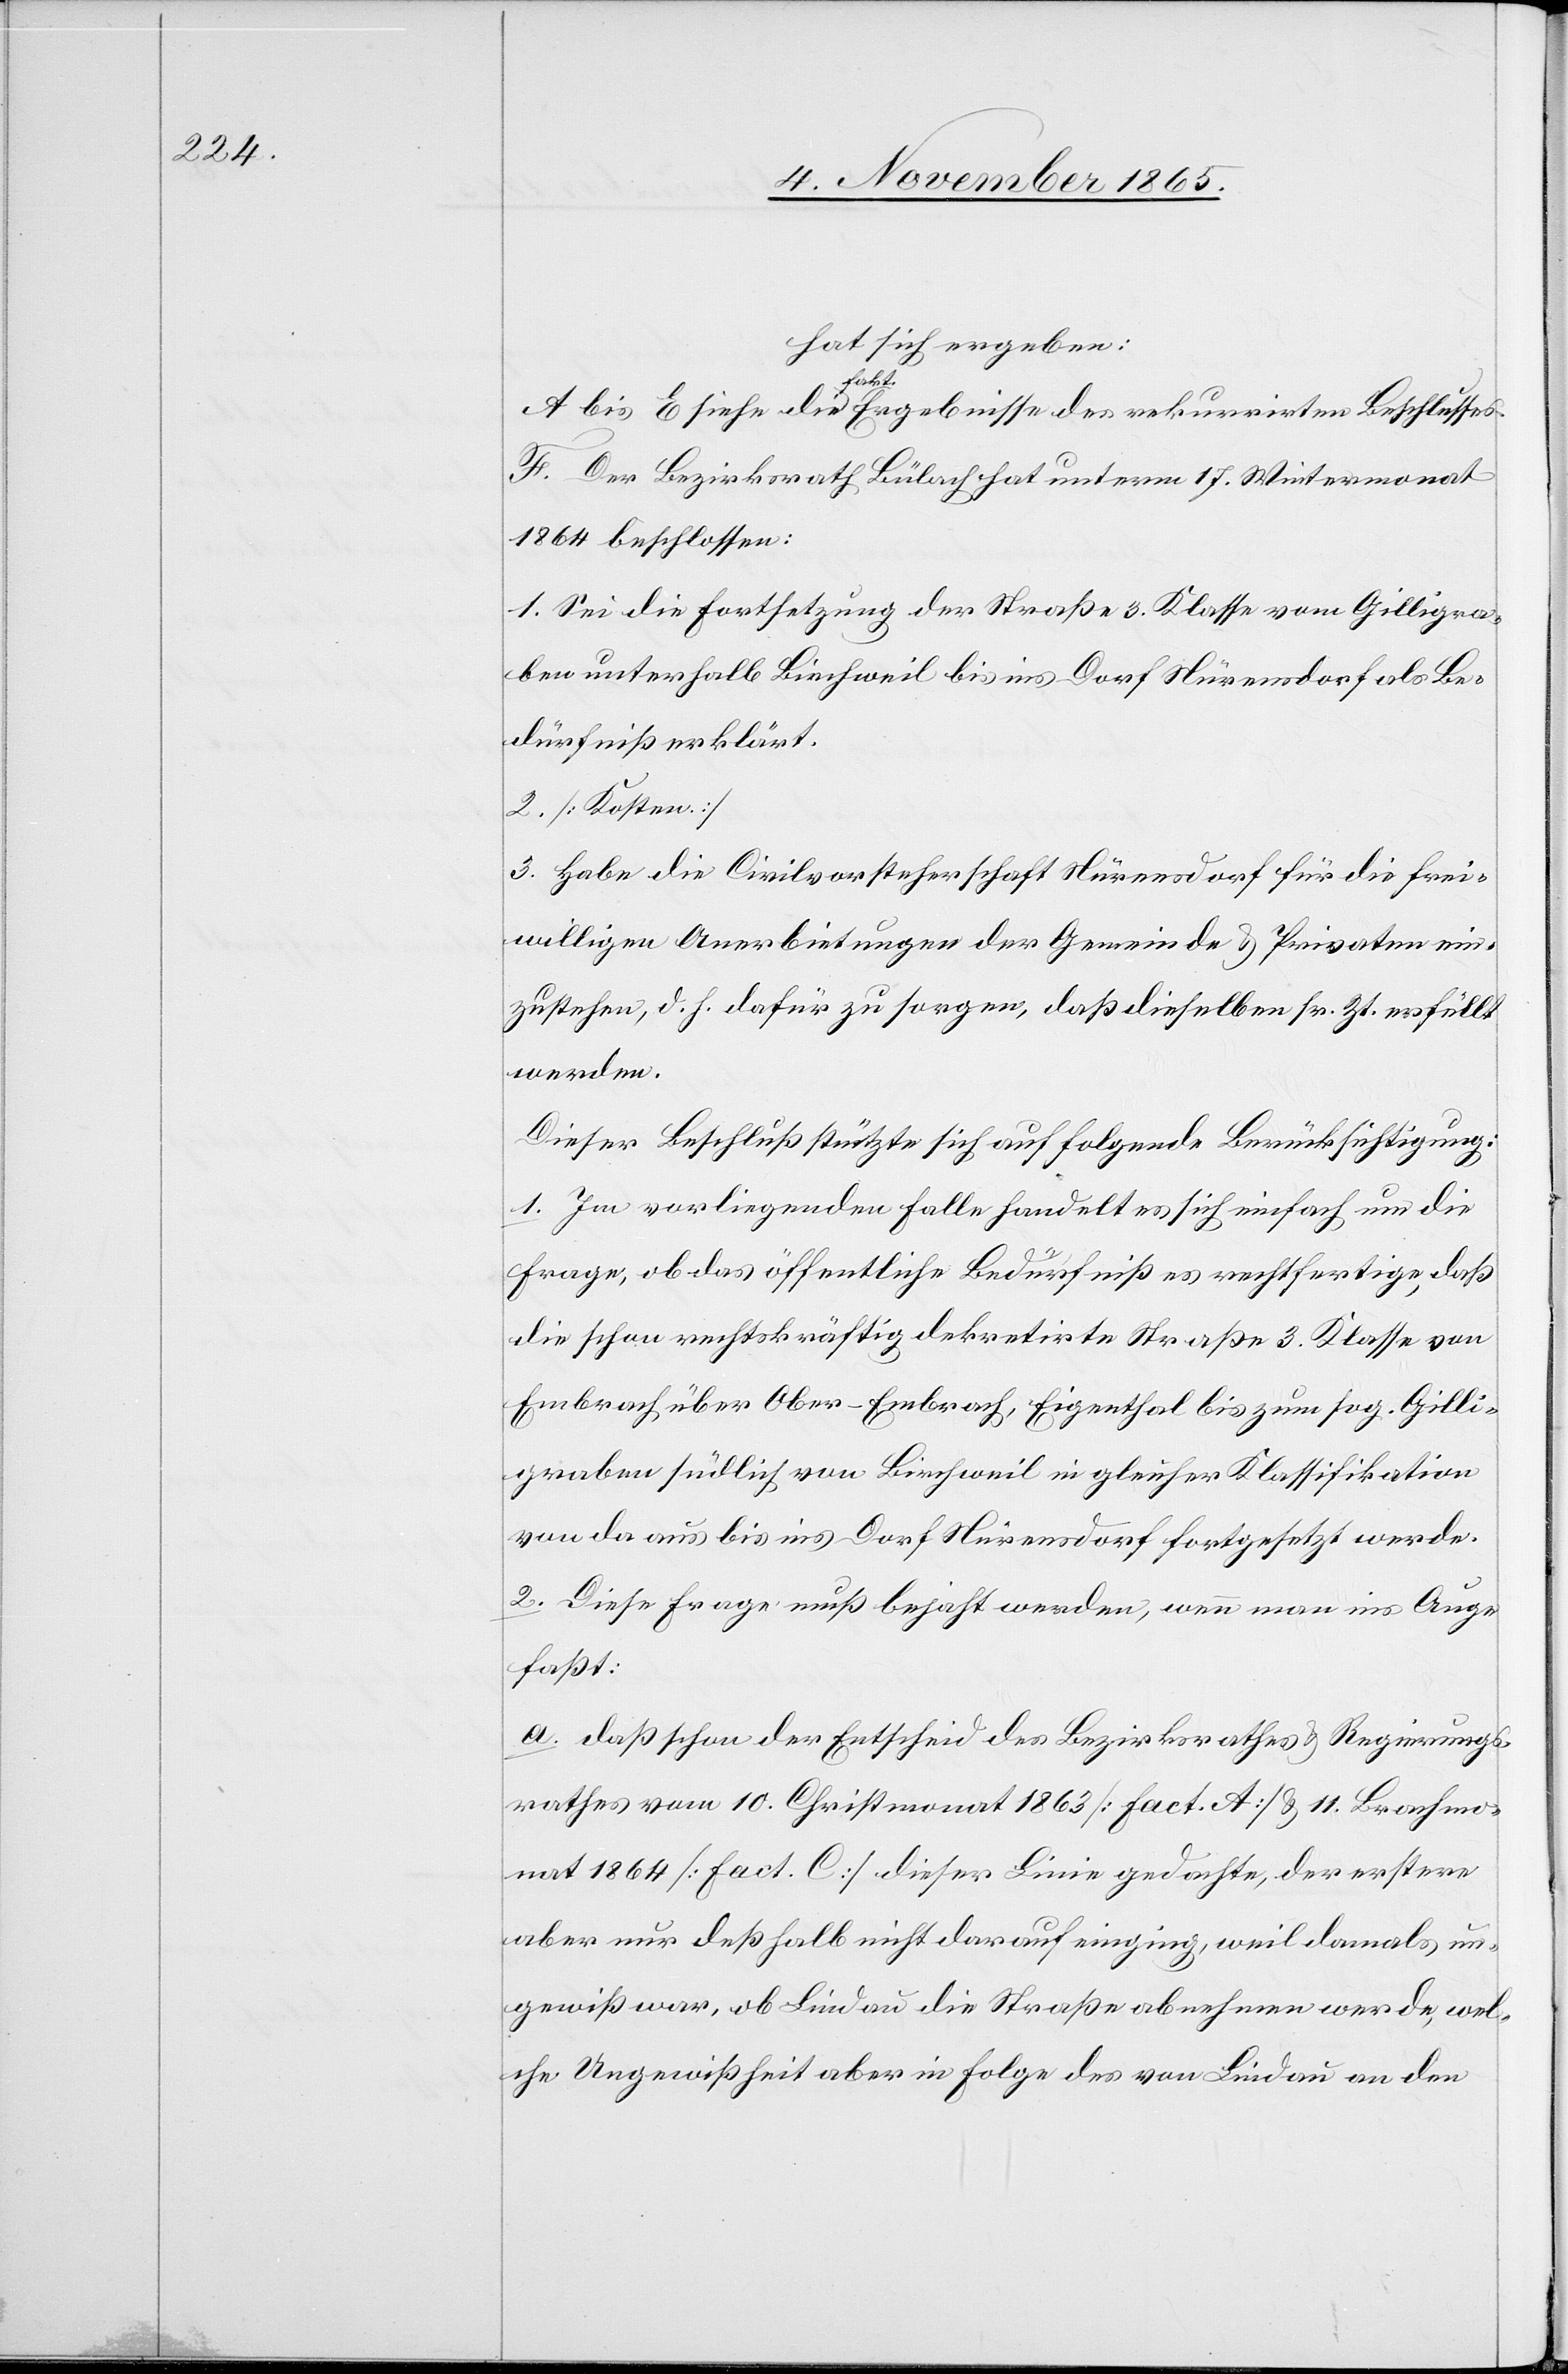
hat sich ergeben:
A bis E siehe die fakt. Ergebnisse des rekurrirten Beschlusses.
F. Der Bezirksrath Bülach hat unterm 17. Wintermonat
1864 beschlossen:
1. Sei die Fortsetzung der Straße 3. Klasse vom Gilligra¬
ben unterhalb Birchweil bis ins Dorf Nürensdorf als Be¬
dürfniß erklärt.
2. [Kosten.]
3. Habe die Civilvorsteherschaft Nürensdorf für die frei¬
willigen Anerbietungen der Gemeinde & Privaten ein¬
zustehen, d. h. dafür zu sorgen, daß dieselben sr. Zt. erfüllt
werden.
Dieser Beschluß stützte sich auf folgende Berücksichtigung:
1. Im vorliegenden Falle handelt es sich einfach um die
Frage, ob das öffentliche Bedürfniß es rechtfertige, daß
die schon rechtskräftig dekretirte Straße 3. Klasse von
Embrach über Ober-Embrach, Eigenthal bis zum sog. Gilli¬
graben südlich von Birchweil in gleicher Klassifikation
von da aus bis ins Dorf Nürensdorf fortgesetzt werde.
2. Diese Frage muß bejaht werden, wenn man ins Auge
faßt:
a. daß schon der Entscheid des Bezirksrathes & Regierungs¬
rathes vom 10. Christmonat 1863 [Fact. A] & 11. Brachmo¬
nat 1864 [Fact. C] dieser Linie gedachte, der erstere
aber nur deßhalb nicht darauf einging, weil damals un¬
gewiß war, ob Lindau die Straße abnehmen werde, wel¬
che Ungewißheit aber in Folge des von Lindau an den